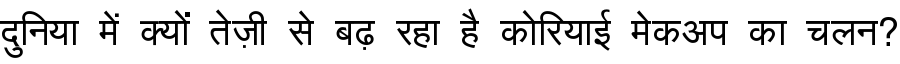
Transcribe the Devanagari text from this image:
दुनिया में क्यों तेज़ी से बढ़ रहा है कोरियाई मेकअप का चलन?